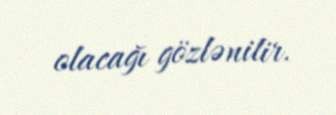
olacağı gözlənilir.